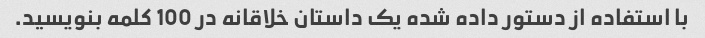
با استفاده از دستور داده شده یک داستان خلاقانه در 100 کلمه بنویسید.